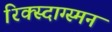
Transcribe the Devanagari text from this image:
रिक्स्दाग्स्मन